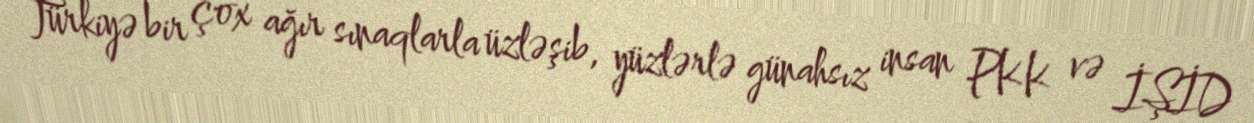
Türkiyə bir çox ağır sınaqlarla üzləşib, yüzlərlə günahsız insan PKK və İŞİD